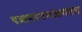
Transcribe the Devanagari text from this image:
एआयएएमआयएल